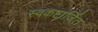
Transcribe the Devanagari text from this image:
स्वकष्टार्जित